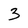
Character: 3